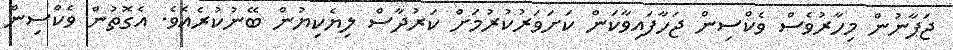
ޖަޕާނުން މިހާރުވެސް ވެކްސިން ޖަހާފައިވާކަން ކަށަވަރުކުރުމަށް ކަރުދާސް ލިޔެކިޔުން ބޭނުކުރެއެވެ. އެގޮތުން ވެކްސިން